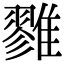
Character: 雡